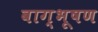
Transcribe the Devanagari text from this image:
वाग्भूषण